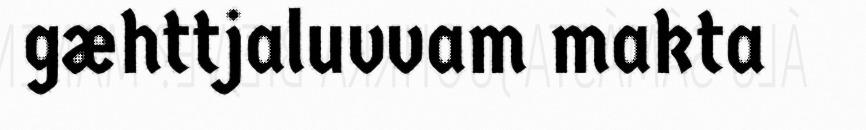
gæhttjaluvvam makta